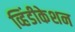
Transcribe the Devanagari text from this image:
व्हिंडीकेशन